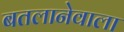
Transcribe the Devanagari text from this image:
बतलानेवाला